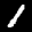
Label: 1